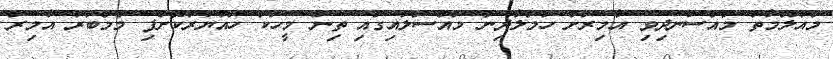
މައުލޫމާތު މުއްސަނދިވި އާމިރަށް ހަމަލާދިން މައްސަލައިގައި ތިން މީހަކު ހައްޔަރުކޮށްފި މެމްބަރު އާމިރު